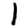
Digit: 1